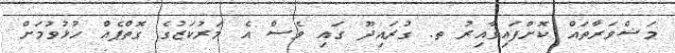
މަޝްވަރާތައް ކޮށްފައިވާއިރު ތ. ގުރައިދޫ ގައި ވެސް އެ މަރުކަޒުގެ ގޮތްޕެއް ހުޅުވުމަށް